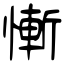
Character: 慚